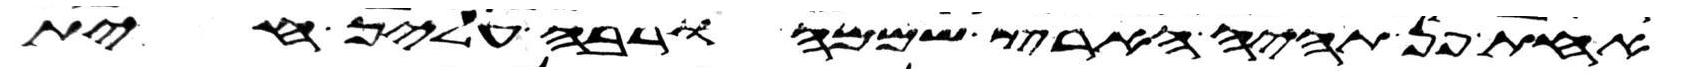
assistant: אחת פן תהיה הארץ שממה ורבה עליך חית